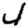
Digit: 4